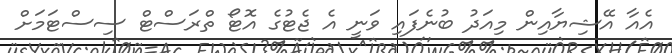
އެއާ އޭޝިޔާއިން މިއަދު ބުނެފައި ވަނީ އެ ޖެޓުގެ އޮޓޯ ތްރަސްޓް ސިސްޓަމަށް